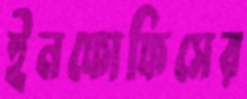
ইনফোফিসের